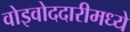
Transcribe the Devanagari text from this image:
वोइवोददारीमध्ये